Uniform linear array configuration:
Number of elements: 4
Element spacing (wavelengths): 0.25
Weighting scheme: exponential
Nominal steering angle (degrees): -30
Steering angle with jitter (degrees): -29.673
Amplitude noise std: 0.05
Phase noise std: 0.05

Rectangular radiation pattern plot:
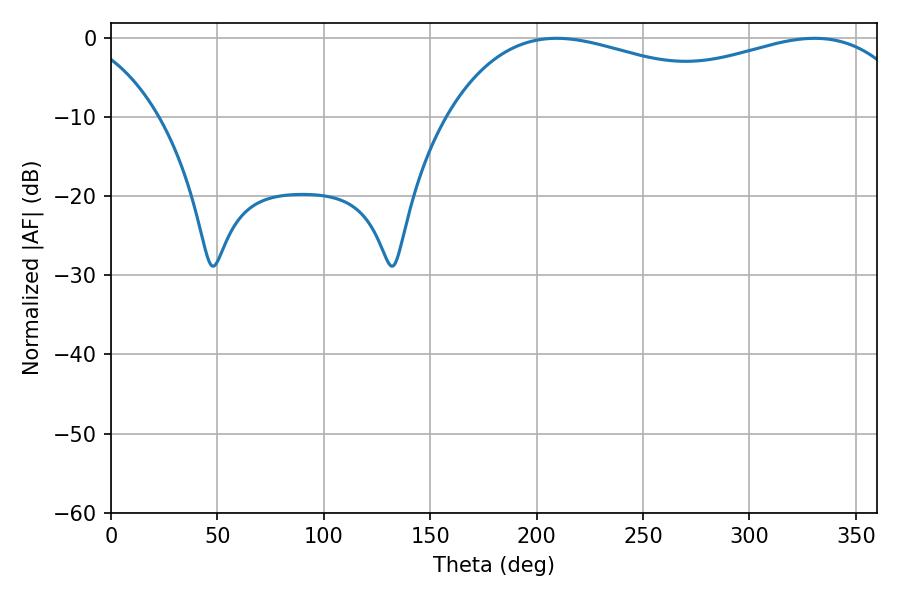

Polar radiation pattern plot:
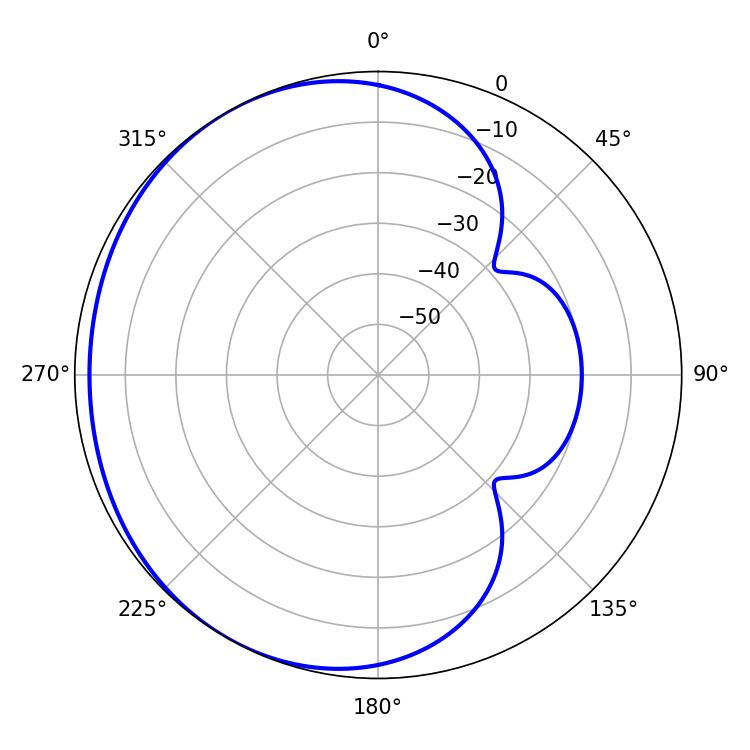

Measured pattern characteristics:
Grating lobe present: FALSE
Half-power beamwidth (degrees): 181.44
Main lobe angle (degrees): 209.34